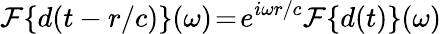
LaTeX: \mathcal{F}\{ d(t-r/c)\} (\omega)\! =\! e^{i\omega r/c}\mathcal{F}\{ d(t)\} (\omega)